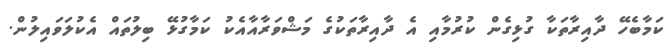
ކަމާބެހޭ ދާއިރާތަކާ ގުޅިގެން ކުރުމާއި އެ ދާއިރާތަކުގެ މަޝްވަރާއާއެކު ކަމާގުޅޭ ބިލުތައް އެކުލަވައިލުން.